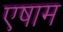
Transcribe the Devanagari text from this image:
एषाम